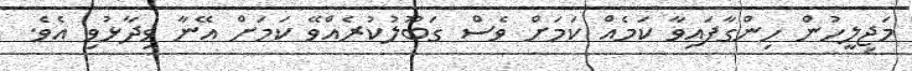
މަޖިލީހުން ހިންގާފައިވާ ކަމެއް ކަމަށް ވެސް ގަބޫލުކުރެއްވޭ ކަމަށް އޭނާ ވިދާޅުވި އެވެ.